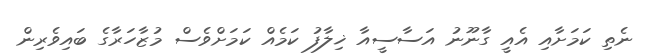
ނެތި ކަމަށާއި އެއީ ގާނޫނު އަސާސީއާ ޚިލާފު ކަމެއް ކަމަށްވެސް މުޒާހަރާގެ ބައިވެރިން